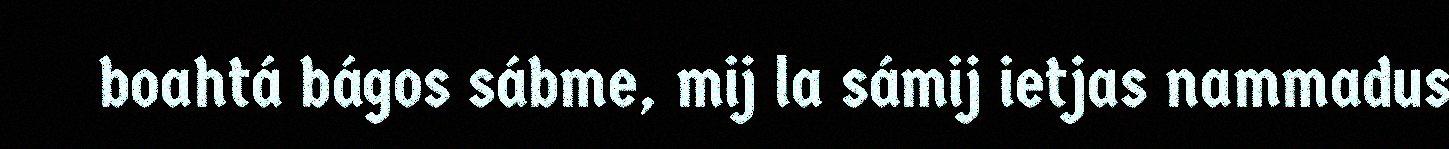
boahtá bágos sábme, mij la sámij ietjas nammadus